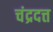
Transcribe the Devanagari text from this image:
चंद्रदत्त